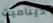
ديناميت